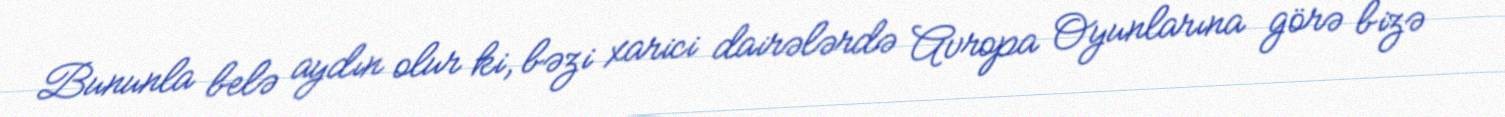
Bununla belə aydın olur ki, bəzi xarici dairələrdə Avropa Oyunlarına görə bizə